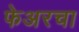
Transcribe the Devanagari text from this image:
फेअरचा